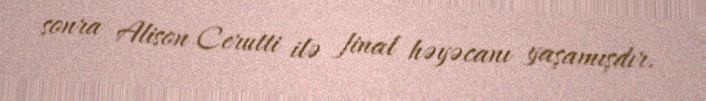
sonra Alison Cerutti ilə final həyəcanı yaşamışdır.